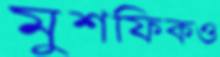
মুশফিকও